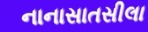
નાનાસાતસીલા